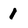
Character: 1